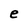
Character: e